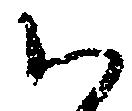
ハ